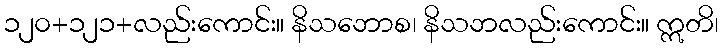
၁၂၀+၁၂၁+လည်းကောင်း။ နိသဘောစ၊ နိသဘလည်းကောင်း။ ဣတိ၊